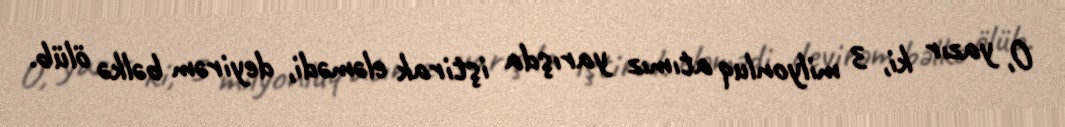
O, yazır ki, 3 milyonluq atımız yarışda iştirak eləmədi, deyirəm bəlkə ölüb.